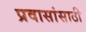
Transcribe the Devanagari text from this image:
प्रवासांसाठी